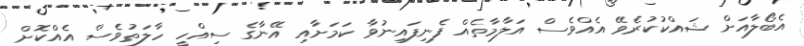
އެބޯލާއަށް ޝައްކުކުރެވޭ އެއްވެސް އަލާމާތެއް ފެނިފައިނުވާ ކަމަށާއި އޭނާގެ ސިއްހީ ހާލަތުވެސް އެއްކޮށް